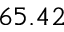
6 5 . 4 2